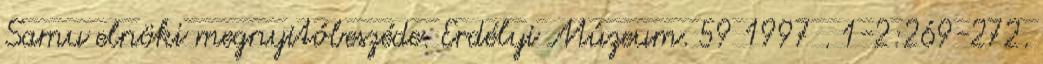
Samu elnöki megnyitóbeszéde. Erdélyi Múzeum. 59 1997 . 1-2:269-272.